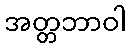
အတ္တဘာဝါ